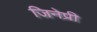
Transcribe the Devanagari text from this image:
जिनेप्री